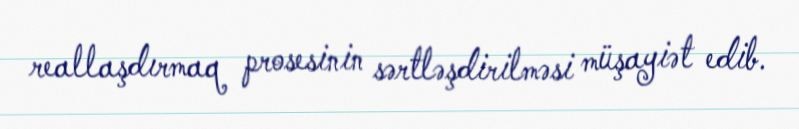
reallaşdırmaq prosesinin sərtləşdirilməsi müşayiət edib.